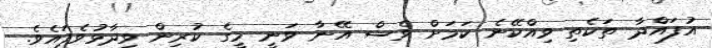
އުފައްދާ ތަކެތި ވިއްކޭނެ ކަމަށް ވެސް އޭނާ ވަނީ މީގެ ކުރިން ވިދާޅުވެފައެވެ.